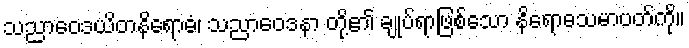
သညာဝေဒယိတနိရောဓံ၊ သညာဝေဒနာ တို့၏ ချုပ်ရာဖြစ်သော နိရောဓသမာပတ်ကို။